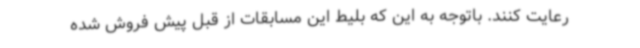
رعایت کنند. باتوجه به این که بلیط این مسابقات از قبل پیش فروش شده